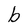
Character: b